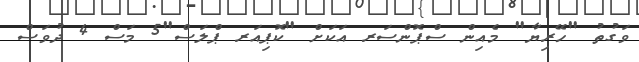
ވަގުތު "ހޭރިޔާ" މެއިން ސްޕޮންސަރ އަކަށް "ކޮޕިއަރ ޕްލަސް"5 މަސް 4 ދުވަސް